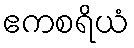
ဧကစရိယံ